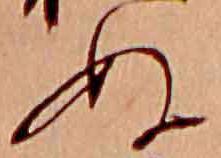
ぬ